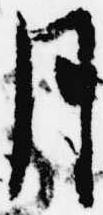
月